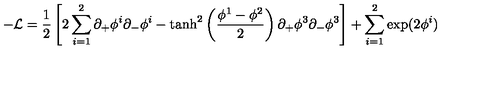
- { \cal L } = \frac { 1 } { 2 } \left[ 2 \sum _ { i = 1 } ^ { 2 } \partial _ { + } \phi ^ { i } \partial _ { - } \phi ^ { i } - \tanh ^ { 2 } \left( { \frac { \phi ^ { 1 } - \phi ^ { 2 } } { 2 } } \right) \partial _ { + } \phi ^ { 3 } \partial _ { - } \phi ^ { 3 } \right] + \sum _ { i = 1 } ^ { 2 } \exp ( 2 \phi ^ { i } )